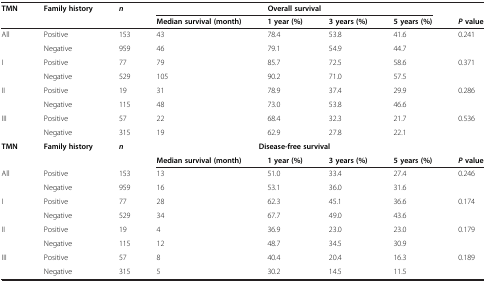
<table><thead><tr><td><b>TMN</b></td><td><b>Family history</b></td><td><b><i>n</i></b></td><td colspan="4"><b>Overall survival</b></td><td><b> </b></td></tr><tr><td><b> </b></td><td><b> </b></td><td><b> </b></td><td><b>Median survival (month)</b></td><td><b>1 year (%)</b></td><td><b>3 years (%)</b></td><td><b>5 years (%)</b></td><td><b><i>P</i>value</b></td></tr></thead><tbody><tr><td rowspan="2">All</td><td>Positive</td><td>153</td><td>43</td><td>78.4</td><td>53.8</td><td>41.6</td><td rowspan="2">0.241</td></tr><tr><td>Negative</td><td>959</td><td>46</td><td>79.1</td><td>54.9</td><td>44.7</td></tr><tr><td rowspan="2">I</td><td>Positive</td><td>77</td><td>79</td><td>85.7</td><td>72.5</td><td>58.6</td><td rowspan="2">0.371</td></tr><tr><td>Negative</td><td>529</td><td>105</td><td>90.2</td><td>71.0</td><td>57.5</td></tr><tr><td rowspan="2">II</td><td>Positive</td><td>19</td><td>31</td><td>78.9</td><td>37.4</td><td>29.9</td><td rowspan="2">0.286</td></tr><tr><td>Negative</td><td>115</td><td>48</td><td>73.0</td><td>53.8</td><td>46.6</td></tr><tr><td rowspan="2">III</td><td>Positive</td><td>57</td><td>22</td><td>68.4</td><td>32.3</td><td>21.7</td><td rowspan="2">0.536</td></tr><tr><td>Negative</td><td>315</td><td>19</td><td>62.9</td><td>27.8</td><td>22.1</td></tr><tr><td rowspan="2"><b>TMN</b></td><td rowspan="2"><b>Family history</b></td><td rowspan="2"><b><i>n</i></b></td><td colspan="4"><b>Disease-free survival</b></td><td> </td></tr><tr><td><b>Median survival (month)</b></td><td><b>1 year (%)</b></td><td><b>3 years (%)</b></td><td><b>5 years (%)</b></td><td><b><i>P</i></b><b>value</b></td></tr><tr><td rowspan="2">All</td><td>Positive</td><td>153</td><td>13</td><td>51.0</td><td>33.4</td><td>27.4</td><td rowspan="2">0.246</td></tr><tr><td>Negative</td><td>959</td><td>16</td><td>53.1</td><td>36.0</td><td>31.6</td></tr><tr><td rowspan="2">I</td><td>Positive</td><td>77</td><td>28</td><td>62.3</td><td>45.1</td><td>36.6</td><td rowspan="2">0.174</td></tr><tr><td>Negative</td><td>529</td><td>34</td><td>67.7</td><td>49.0</td><td>43.6</td></tr><tr><td rowspan="2">II</td><td>Positive</td><td>19</td><td>4</td><td>36.9</td><td>23.0</td><td>23.0</td><td rowspan="2">0.179</td></tr><tr><td>Negative</td><td>115</td><td>12</td><td>48.7</td><td>34.5</td><td>30.9</td></tr><tr><td>III</td><td>Positive</td><td>57</td><td>8</td><td>40.4</td><td>20.4</td><td>16.3</td><td>0.189</td></tr><tr><td> </td><td>Negative</td><td>315</td><td>5</td><td>30.2</td><td>14.5</td><td>11.5</td><td> </td></tr></tbody></table>